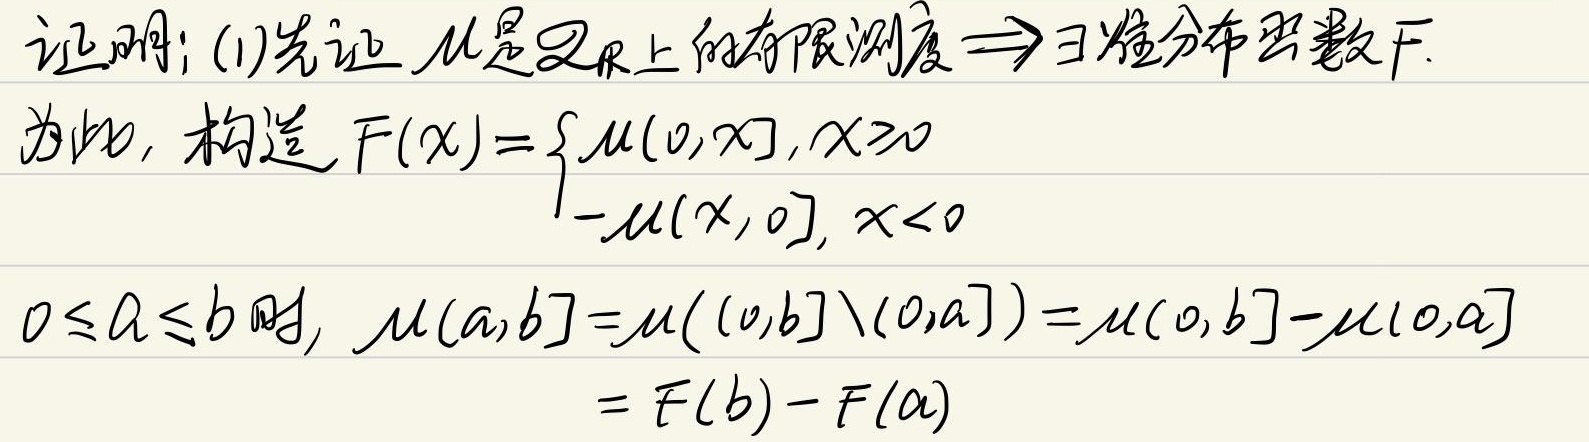
证明：(1)先证 \(\mu\)是 \(\mathbb{R}\)上的有限测度 \(\Rightarrow\) \(\exists\)准分布函数\(F\)。

为此，构造 \(F(x)=\begin{cases}\mu(0,x],x\geq0\\ -\mu(x,0],x < 0\end{cases}\)

当\(0\leq a\leq b\)时，\(\mu(a,b]=\mu((0,b]\setminus(0,a])=\mu(0,b]-\mu(0,a]\)
\(= F(b)-F(a)\)